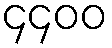
၄၄၀၀